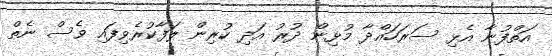
އަތްފުނާ އެޅި ސަރަހައްދާ މުޅިން ދުރު އަދި ކުރިން ލަފާކުރެވިފައި ވެސް ނެތް